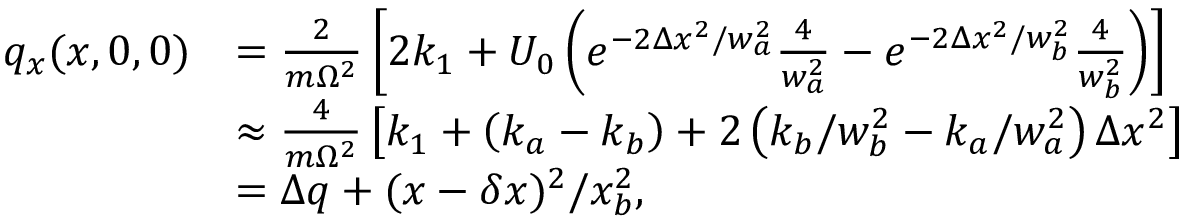
\begin{array} { r l } { q _ { x } ( x , 0 , 0 ) } & { = \frac { 2 } { m \Omega ^ { 2 } } \left[ 2 k _ { 1 } + U _ { 0 } \left( e ^ { - 2 \Delta x ^ { 2 } / w _ { a } ^ { 2 } } \frac { 4 } { w _ { a } ^ { 2 } } - e ^ { - 2 \Delta x ^ { 2 } / w _ { b } ^ { 2 } } \frac { 4 } { w _ { b } ^ { 2 } } \right) \right] } \\ & { \approx \frac { 4 } { m \Omega ^ { 2 } } \left[ k _ { 1 } + \left( k _ { a } - k _ { b } \right) + 2 \left( k _ { b } / w _ { b } ^ { 2 } - k _ { a } / w _ { a } ^ { 2 } \right) \Delta x ^ { 2 } \right] } \\ & { = \Delta q + ( x - \delta x ) ^ { 2 } / x _ { b } ^ { 2 } , } \end{array}